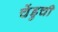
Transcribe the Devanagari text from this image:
चेंडुची